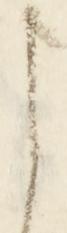
に